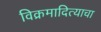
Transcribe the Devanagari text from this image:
विक्रमादित्याचा